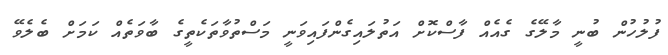
ފުލުހުން ބުނީ މާލޭގެ ގެއެއް ފާސްކޮށް އަތުލައިގެންފައިވަނީ މަސްތުވާތަކެތީގެ ބާވަތެއް ކަމަށް ބެލެވޭ